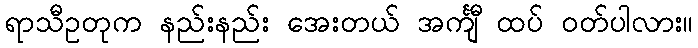
ရာသီဥတုက နည်းနည်း အေးတယ် အင်္ကျီ ထပ် ဝတ်ပါလား။